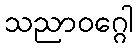
သညာဝဂ္ဂေါ